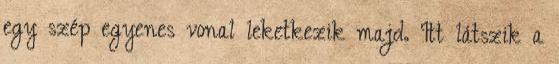
egy szép egyenes vonal leketkezik majd. Itt látszik a